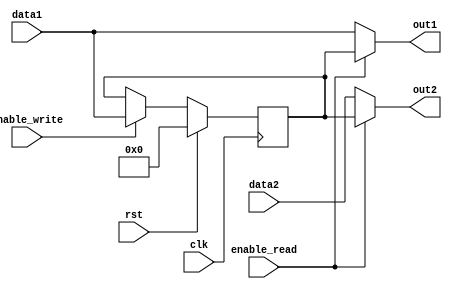
module DualPortBypassRegister (
    input wire clk,
    input wire rst,
    input wire [31:0] data1,
    input wire [31:0] data2,
    input wire enable_write,
    input wire enable_read,
    output reg [31:0] out1,
    output reg [31:0] out2
);

reg [31:0] register;

always @(posedge clk) begin
    if (rst) begin
        register <= 32'h00000000;
    end else begin
        if (enable_write) begin
            register <= data1;
        end
    end
end

always @(*) begin
    if (enable_read) begin
        out1 = register;
        out2 = register;
    end else begin
        out1 = data1;
        out2 = data2;
    end
end

endmodule